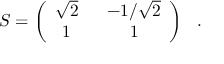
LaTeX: S = \left( \begin{array} { c c } { { \sqrt { 2 } \ } } & { { \ - 1 / \sqrt { 2 } } } \\ { { 1 \ } } & { { \ 1 } } \end{array} \right) \ \ .